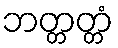
ဘတ္တတ္တံ